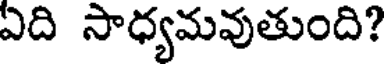
ఏది సాధ్యమవుతుంది?